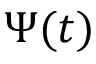
\Psi ( t )